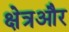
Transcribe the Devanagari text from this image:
क्षेत्रऔर